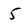
Character: 5